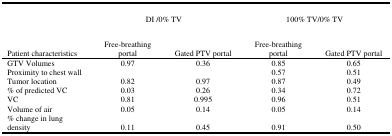
<table><thead><tr><td></td><td colspan="2"><b>DI/0% TV</b></td><td colspan="2"><b>100% TV/0% TV</b></td></tr><tr><td><b>Patient characteristics</b></td><td><b>Free‐breathing portal</b></td><td><b>Gated PTV portal</b></td><td><b>Free‐breathing portal</b></td><td><b>Gated PTV portal</b></td></tr></thead><tbody><tr><td>GTV Volumes</td><td>0.97</td><td>0.36</td><td>0.85</td><td>0.65</td></tr><tr><td>Proximity to chest wall</td><td></td><td></td><td>0.57</td><td>0.51</td></tr><tr><td>Tumor location</td><td>0.82</td><td>0.97</td><td>0.87</td><td>0.49</td></tr><tr><td>% of predicted VC</td><td>0.03</td><td>0.26</td><td>0.34</td><td>0.72</td></tr><tr><td>VC</td><td>0.81</td><td>0.995</td><td>0.96</td><td>0.51</td></tr><tr><td>Volume of air</td><td>0.05</td><td>0.14</td><td>0.05</td><td>0.14</td></tr><tr><td>% change in lung</td><td></td><td></td><td></td><td></td></tr><tr><td>density</td><td>0.11</td><td>0.45</td><td>0.91</td><td>0.50</td></tr></tbody></table>